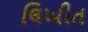
લિખીત